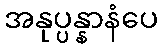
အနုပ္ပန္နာနံပေ